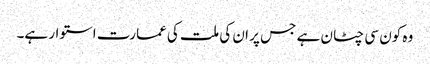
وہ کون سی چٹان ہے جس پر ان کی ملت کی عمارت استوار ہے۔